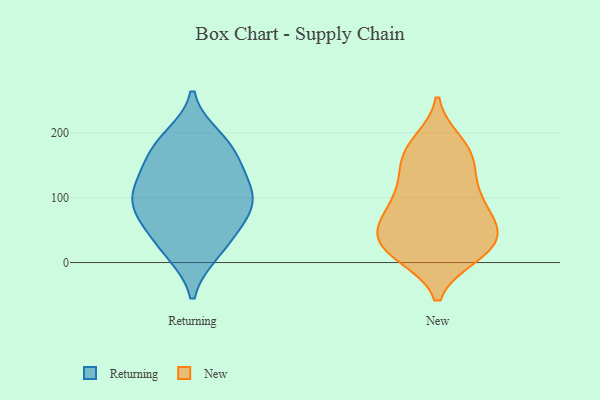
{"axis": {"x": "Production Output", "y": "Value"}, "legend": ["New", "Returning"], "data": [{"x": "", "y": 148, "type": "Returning"}, {"x": "", "y": 95, "type": "Returning"}, {"x": "", "y": 184, "type": "Returning"}, {"x": "", "y": 73, "type": "Returning"}, {"x": "", "y": 48, "type": "Returning"}, {"x": "", "y": 107, "type": "Returning"}, {"x": "", "y": 176, "type": "Returning"}, {"x": "", "y": 16, "type": "Returning"}, {"x": "", "y": 148, "type": "Returning"}, {"x": "", "y": 104, "type": "Returning"}, {"x": "", "y": 193, "type": "Returning"}, {"x": "", "y": 15, "type": "Returning"}, {"x": "", "y": 88, "type": "Returning"}, {"x": "", "y": 120, "type": "Returning"}, {"x": "", "y": 59, "type": "Returning"}, {"x": "", "y": 56, "type": "New"}, {"x": "", "y": 103, "type": "New"}, {"x": "", "y": 158, "type": "New"}, {"x": "", "y": 165, "type": "New"}, {"x": "", "y": 57, "type": "New"}, {"x": "", "y": 11, "type": "New"}, {"x": "", "y": 14, "type": "New"}, {"x": "", "y": 86, "type": "New"}, {"x": "", "y": 120, "type": "New"}, {"x": "", "y": 153, "type": "New"}, {"x": "", "y": 38, "type": "New"}, {"x": "", "y": 77, "type": "New"}, {"x": "", "y": 13, "type": "New"}, {"x": "", "y": 36, "type": "New"}, {"x": "", "y": 181, "type": "New"}, {"x": "", "y": 61, "type": "New"}, {"x": "", "y": 36, "type": "New"}, {"x": "", "y": 17, "type": "New"}, {"x": "", "y": 185, "type": "New"}, {"x": "", "y": 112, "type": "New"}]}